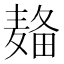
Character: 𱋚